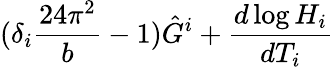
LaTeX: (\delta_{i}\frac{24\pi^{2}}{b}-1)\hat{G}^{i}+\frac{d\log H_{i}}{dT_{i}}